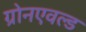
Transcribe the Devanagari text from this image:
ग्रोनएवल्ड